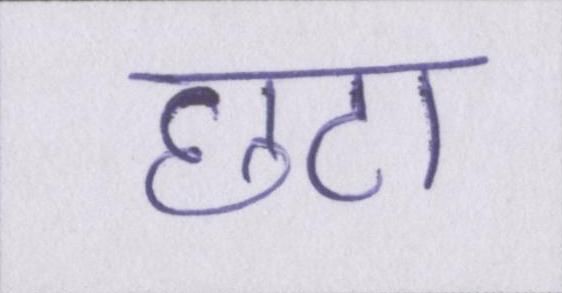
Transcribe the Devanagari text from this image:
छटा